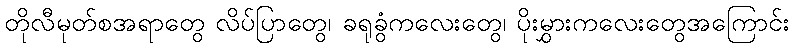
တိုလီမုတ်စအရာတွေ လိပ်ပြာတွေ၊ ခရုခွံကလေးတွေ၊ ပိုးမွှားကလေးတွေအကြောင်း